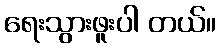
ရေးသွားဖူးပါ တယ်။